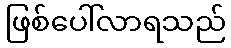
ဖြစ်ပေါ်လာရသည်